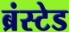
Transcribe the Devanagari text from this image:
ब्रंस्टेड